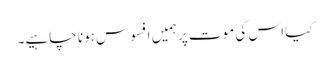
کیا اس کی موت پر ہمیں افسوس ہونا چاہیے۔